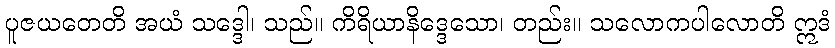
ပူဇယတေတိ အယံ သဒ္ဒေါ၊ သည်။ ကိရိယာနိဒ္ဒေသော၊ တည်း။ သလောကပါလောတိ ဣဒံ